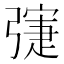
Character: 𢐛